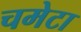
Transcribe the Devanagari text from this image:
चमेटा